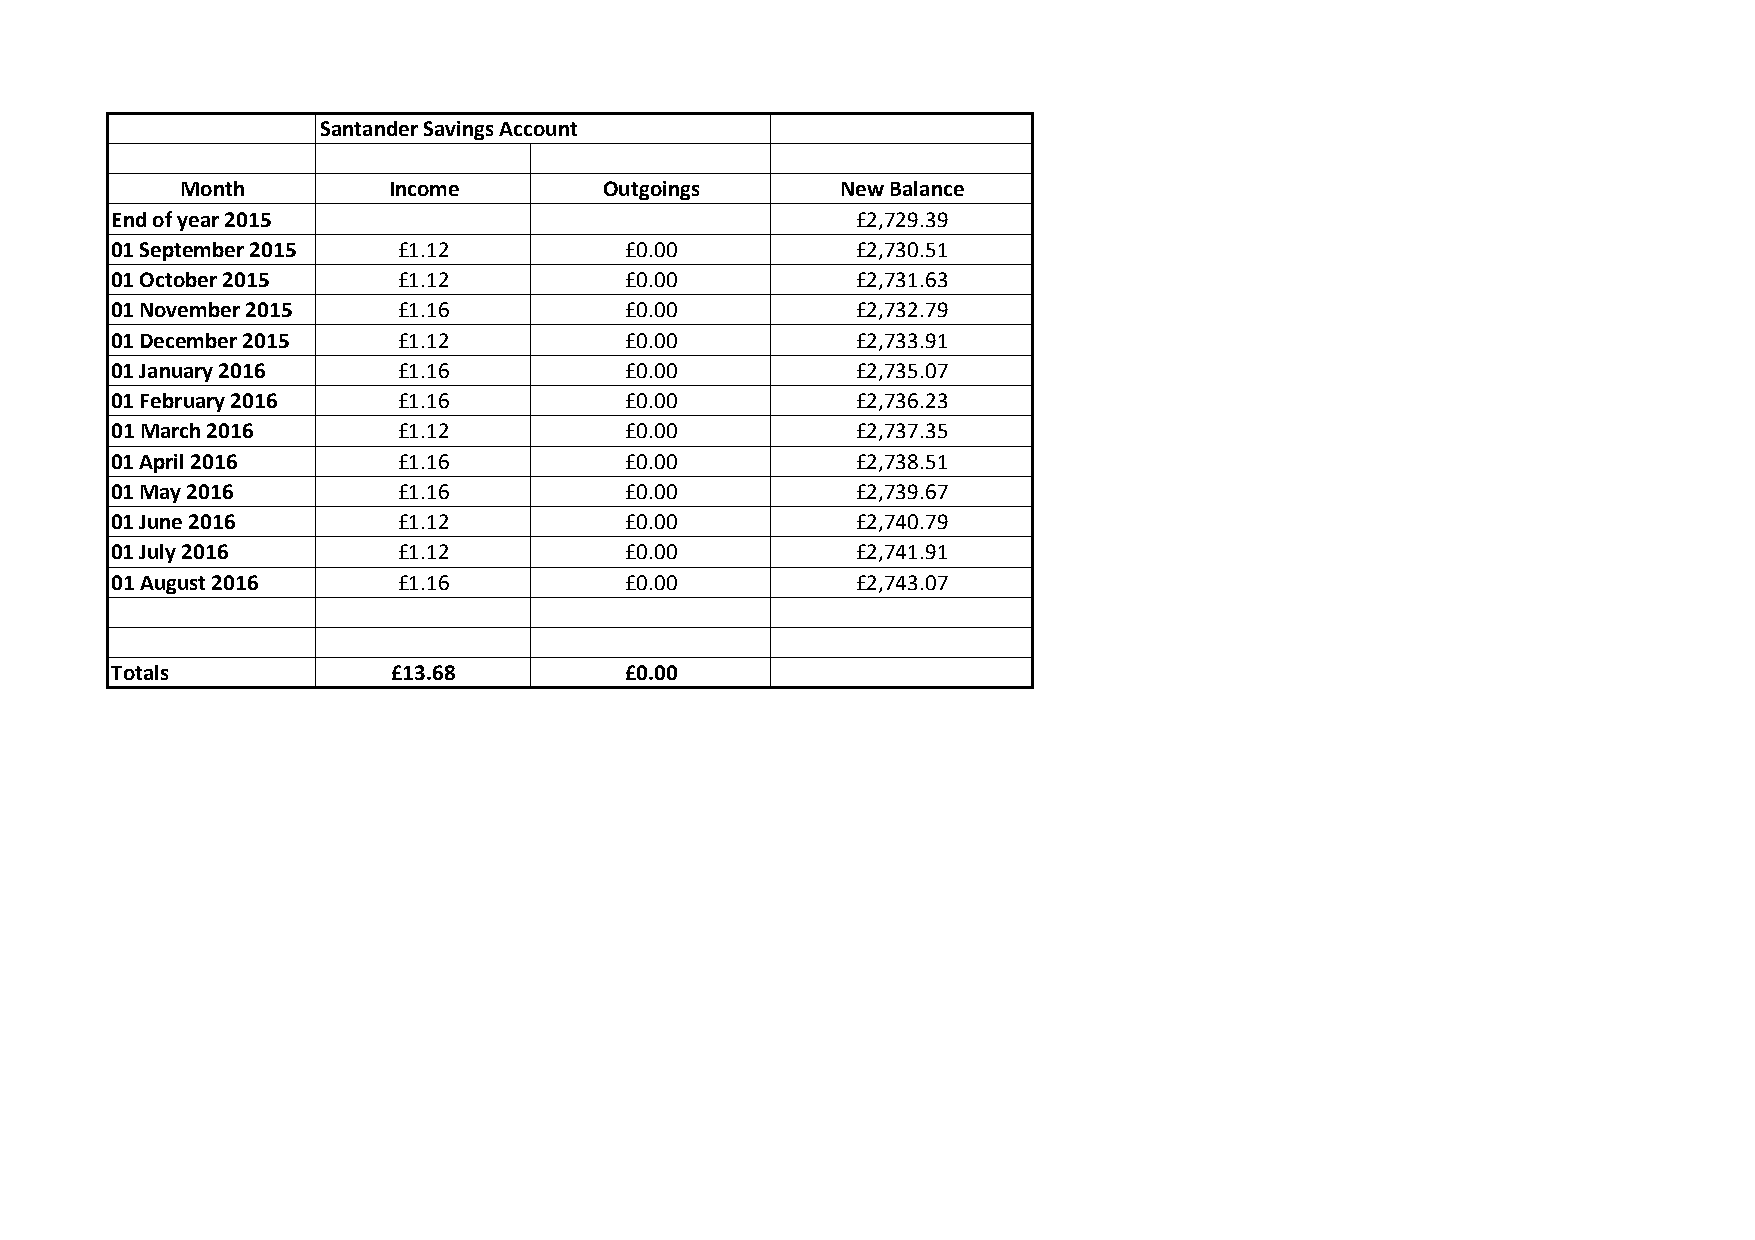
Santander Savings Account
 Month         Income        Outgoings       New Balance
 End of year 2015                                  £2,729.39
 01 September 2015  £1.12          £0.00           £2,730.51
 01 October 2015    £1.12          £0.00           £2,731.63
 01 November 2015   £1.16          £0.00           £2,732.79
 01 December 2015   £1.12          £0.00           £2,733.91
 01 January 2016    £1.16          £0.00           £2,735.07
 01 February 2016   £1.16          £0.00           £2,736.23
 01 March 2016      £1.12          £0.00           £2,737.35
 01 April 2016      £1.16          £0.00           £2,738.51
 01 May 2016        £1.16          £0.00           £2,739.67
 01 June 2016       £1.12          £0.00           £2,740.79
 01 July 2016       £1.12          £0.00           £2,741.91
 01 August 2016     £1.16          £0.00           £2,743.07
 Totals             £13.68         £0.00